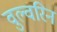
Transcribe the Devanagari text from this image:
वुल्वरिन